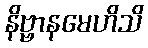
နိဗ္ဗာနမေဟိသိ